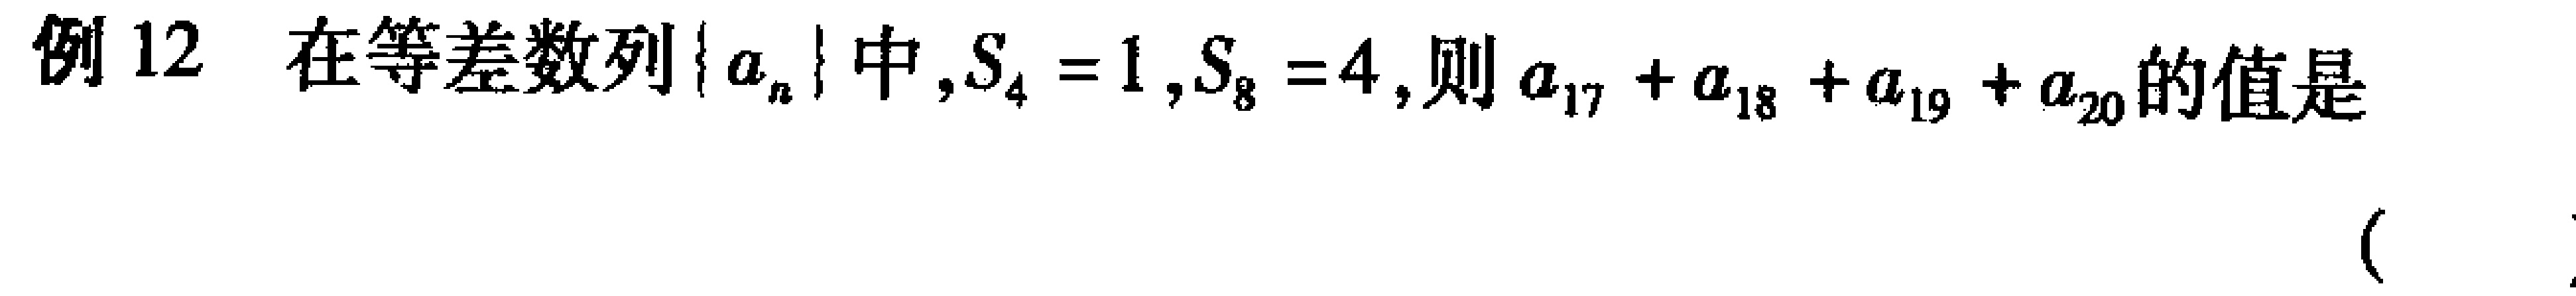
例12 在等差数列\(\{ a_{n}\}\)中,\(S_{4}=1\),\(S_{8}=4\),则\(a_{17}+a_{18}+a_{19}+a_{20}\)的值是  (  )